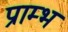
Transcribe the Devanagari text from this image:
प्राम्‍भ